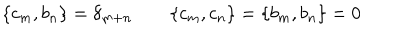
\{ c _ { m } , b _ { n } \} = \delta _ { m + n } \qquad \{ c _ { m } , c _ { n } \} = \{ b _ { m } , b _ { n } \} = 0